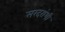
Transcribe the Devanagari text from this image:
सरदरांशी